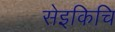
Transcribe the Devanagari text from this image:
सेइकिचि